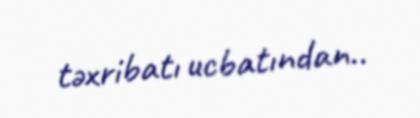
təxribatı ucbatından..